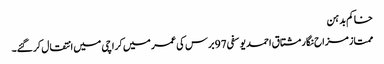
خاکم بدہن
ممتاز مزاح نگار مشتاق احمد یوسفی 97 برس کی عمر میں کراچی میں انتقال کرگئے۔